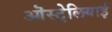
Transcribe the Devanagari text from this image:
ऒस्ट्रेलियाई